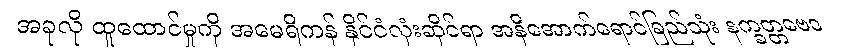
အခုလို ထူထောင်မှုကို အမေရိကန် နိုင်ငံလုံးဆိုင်ရာ အနီအောက်ရောင်ခြည်သုံး နက္ခတ္တဗေဒ